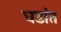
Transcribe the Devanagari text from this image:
घडांत